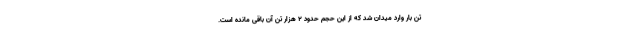
تن بار وارد میدان شد که از این حجم حدود 2 هزار تن آن باقی مانده است.